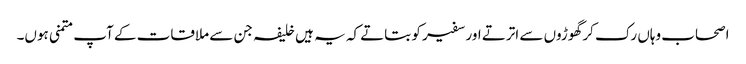
اصحاب وہاں رک کر گھوڑوں سے اترتے اور سفیر کو بتاتے کہ یہ ہیں خلیفہ جن سے ملاقات کے آپ متمنی ہوں۔